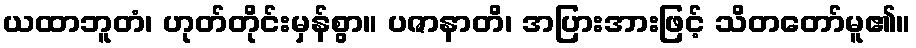
ယထာဘူတံ၊ ဟုတ်တိုင်းမှန်စွာ။ ပဇာနာတိ၊ အပြားအားဖြင့် သိတတော်မူ၏။